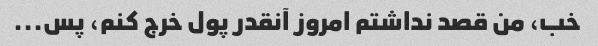
خب، من قصد نداشتم امروز آنقدر پول خرج کنم، پس...